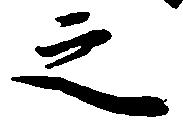
之